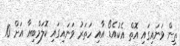
ތިން ވަނައިގައި އޮތް އެކުއެޑޯ އާއި ހަތަރު ވަނައިގައި ކޮލަމްބިއާ އަށް 10